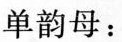
单韵母：